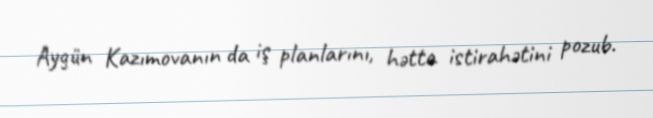
Aygün Kazımovanın da iş planlarını, hətta istirahətini pozub.